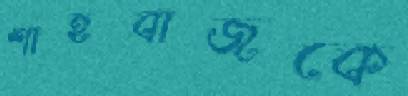
শাহবাজকে